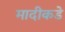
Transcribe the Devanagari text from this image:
मादीकडे